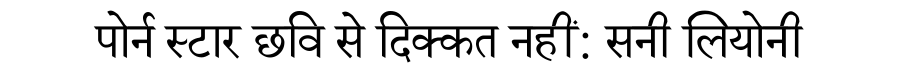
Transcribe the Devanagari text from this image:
पोर्न स्टार छवि से दिक्कत नहीं: सनी लियोनी